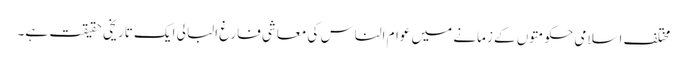
مختلف اسلامی حکومتوں کے زمانے میں عوام الناس کی معاشی فارغ البالی ایک تاریخی حقیقت ہے۔